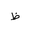
Letter: _za